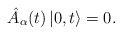
\begin{align*}\hat{A}_\alpha (t) \left| 0, t \right> = 0.\end{align*}